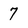
Character: 7